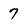
Character: 7